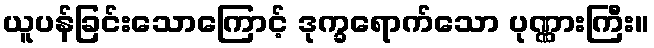
ယူပန်ခြင်းသောကြောင့် ဒုက္ခရောက်သော ပုဏ္ဏားကြီး။